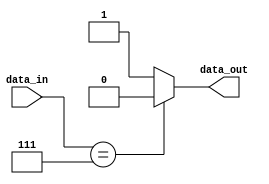
`timescale 1ns / 1ps

module small_comb #(
    parameter    INPUT_WIDTH  = 3
) (

    input  [INPUT_WIDTH - 1 : 0]    data_in,
    output data_out
);

assign data_out = (data_in == 3'b111) ? 1'b0 : 1'b1;

endmodule  //small_comb